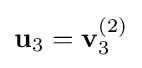
\mathbf {u} _{3}=\mathbf {v} _{3}^{(2)}